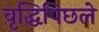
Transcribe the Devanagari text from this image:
वृद्धिपिछले